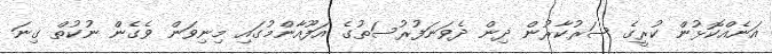
އަނެއްކޮޅުން ކުރީގެ ސަރުކާރުން ދިން ދެވަނަފުރުސަތުގެ އަފޫއާންމުގައި މިނިވަން ވެގެން ނުކުތް ގިނަ